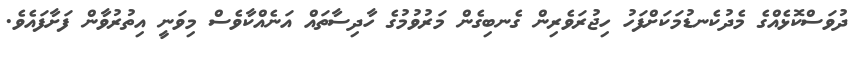
ދުވަސްކޮޅެއްގެ މެދުކެނޑުމަކަށްފަހު ހިޖުރަވެރިން ގެނބިގެން މަރުވުމުގެ ހާދިސާތައް އަނެއްކާވެސް މިވަނީ އިތުރުވާން ފަށާފައެވެ.